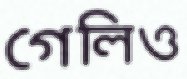
গেলিও